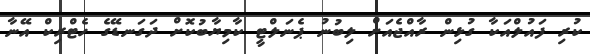
ކުރި ފައުލްއަކާ ގުޅިން ރާއްޖެއަށް ލިބުނު ޕެނަލްޓީ ކާމިޔާބުކޮށް ދަގަނޑޭގެ ހެޓްރިކް އޭނާ